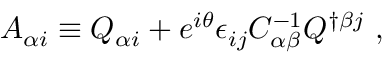
A _ { \alpha i } \equiv Q _ { \alpha i } + e ^ { i \theta } \epsilon _ { i j } { \cal C } _ { \alpha \beta } ^ { - 1 } Q ^ { \dagger \beta j } \ ,